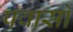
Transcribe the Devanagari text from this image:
फ्वासो